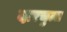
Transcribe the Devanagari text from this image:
दारचुला